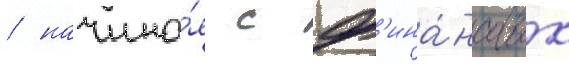
/ начина́я с ф'ина́нсовых